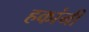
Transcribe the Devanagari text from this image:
हकांनी